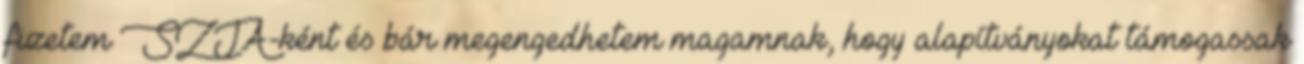
fizetem SZJA-ként és bár megengedhetem magamnak, hogy alapítványokat támogassak